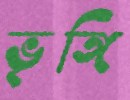
ভৃঙ্গি